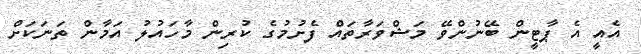
އެއީ އެ ޕާޓީން ބޭނުންވޭ މަޝްވަރާތައް ފެށުމުގެ ކުރިން މާހައުލު އަމާން ތަނަކަށް